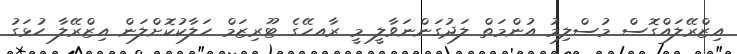
އިޒްރޭލައްގޮސް މުސްލިމު އުންމަތް ލަދުގަންނަވާލީ މީ ރާއހޭގެ ޓޫރިޒަމް ހަލާކުކޮށްލަން އިޒްރޭލާ ހުޅަގު